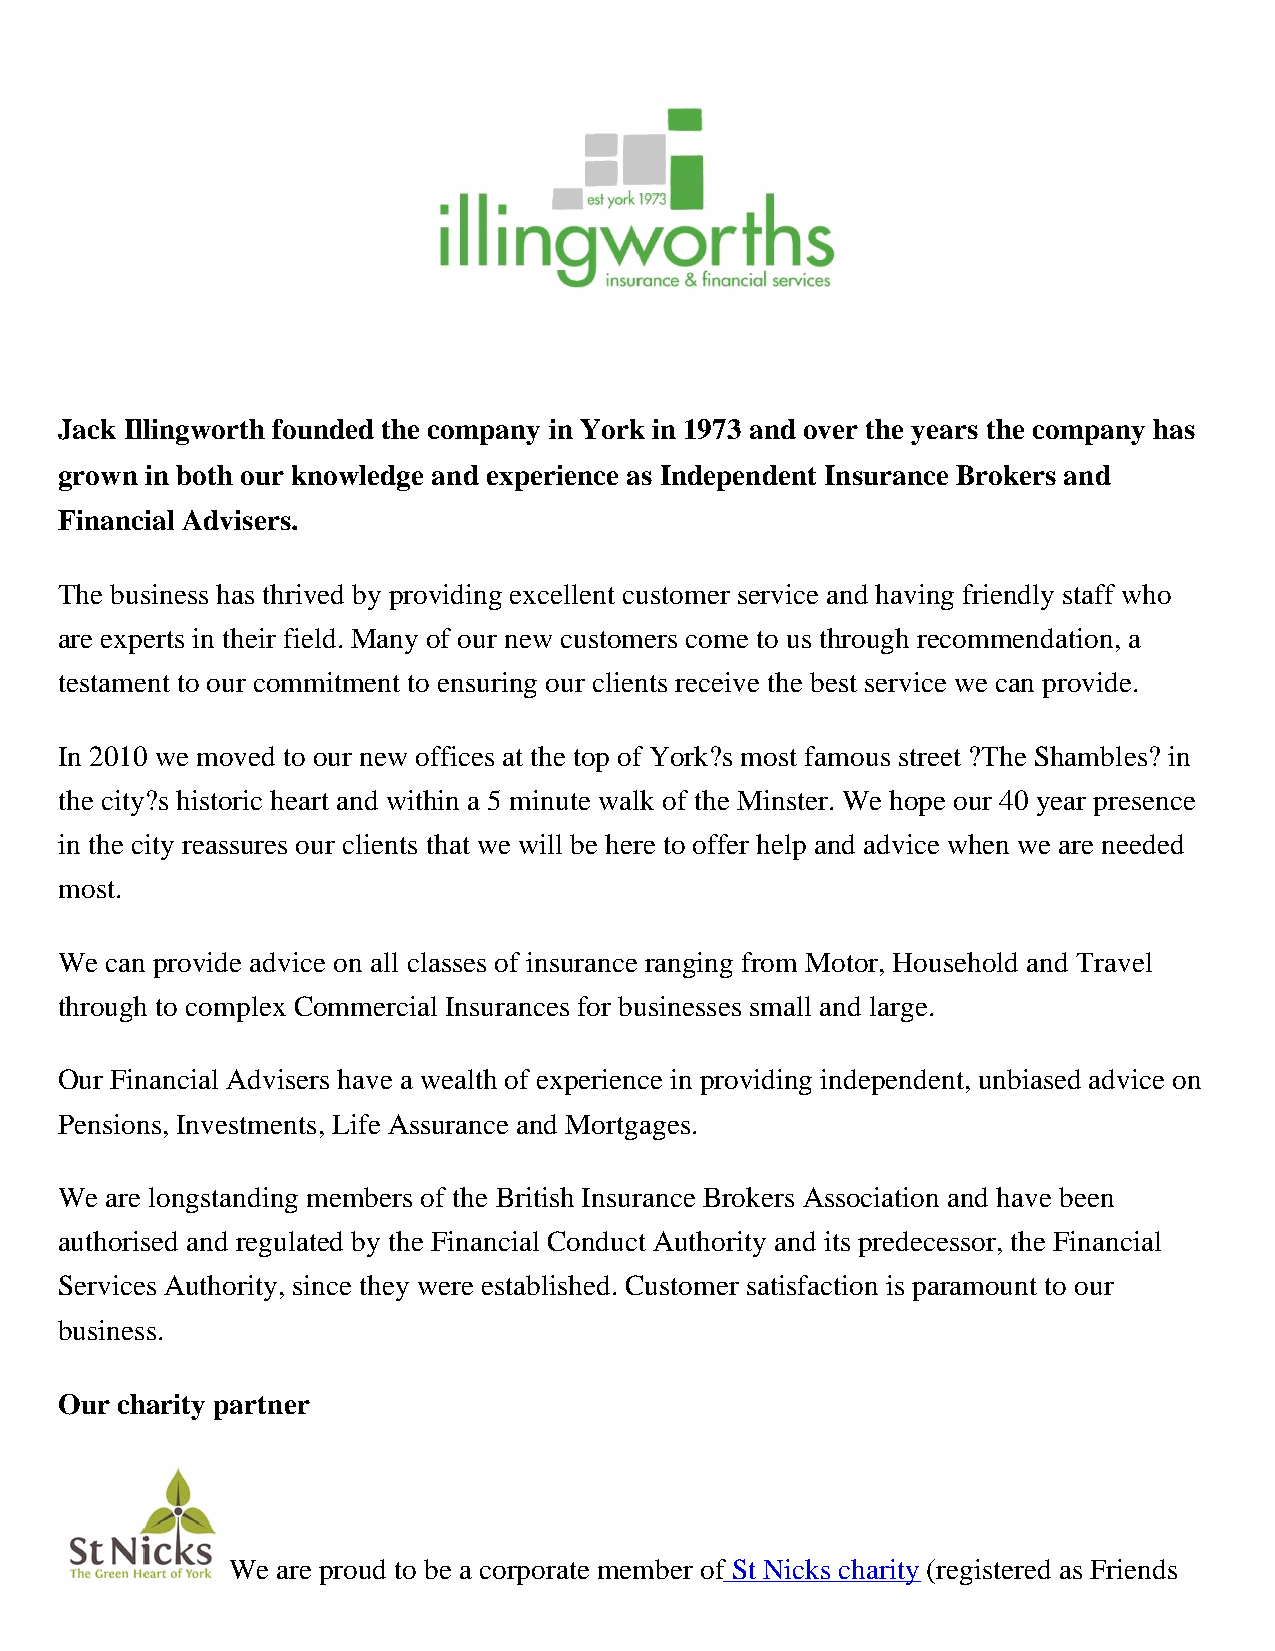
Jack Illingworth founded the company in York in 1973 and over the years the company has
 grown in both our knowledge and experience as Independent Insurance Brokers and
 Financial Advisers.
 The business has thrived by providing excellent customer service and having friendly staff who
 are experts in their field. Many of our new customers come to us through recommendation, a
 testament to our commitment to ensuring our clients receive the best service we can provide.
 In 2010 we moved to our new offices at the top of York?s most famous street ?The Shambles? in
 the city?s historic heart and within a 5 minute walk of the Minster. We hope our 40 year presence
 in the city reassures our clients that we will be here to offer help and advice when we are needed
 most.
 We can provide advice on all classes of insurance ranging from Motor, Household and Travel
 through to complex Commercial Insurances for businesses small and large.
 Our Financial Advisers have a wealth of experience in providing independent, unbiased advice on
 Pensions, Investments, Life Assurance and Mortgages.
 We are longstanding members of the British Insurance Brokers Association and have been
 authorised and regulated by the Financial Conduct Authority and its predecessor, the Financial
 Services Authority, since they were established. Customer satisfaction is paramount to our
 business.
 Our charity partner
 We are proud to be a corporate member of St Nicks charity (registered as Friends